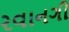
રવાનગી